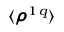
\langle \pmb { \rho } ^ { 1 \, q } \rangle